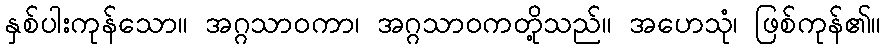
နှစ်ပါးကုန်သော။ အဂ္ဂသာဝကာ၊ အဂ္ဂသာဝကတို့သည်။ အဟေသုံ၊ ဖြစ်ကုန်၏။